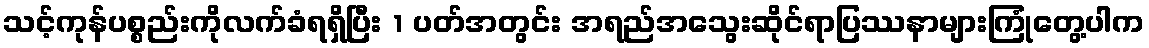
သင့်ကုန်ပစ္စည်းကိုလက်ခံရရှိပြီး 1 ပတ်အတွင်း အရည်အသွေးဆိုင်ရာပြဿနာများကြုံတွေ့ပါက